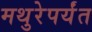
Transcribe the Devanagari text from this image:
मथुरेपर्यंत